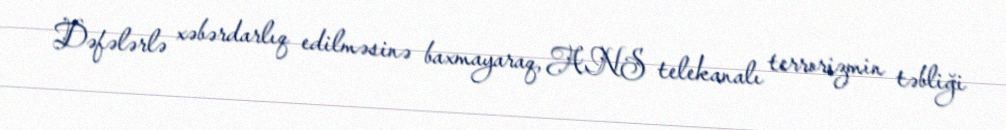
Dəfələrlə xəbərdarlıq edilməsinə baxmayaraq, ANS telekanalı terrorizmin təbliği